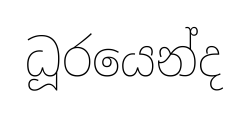
ධූරයෙන්ද